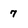
Character: 7